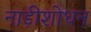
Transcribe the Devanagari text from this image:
नाड़ीशोधन